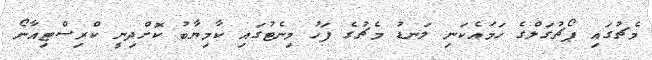
މެޗުގައި ޕޯޗުގަލްގެ ހަމައެކަނި ލަނޑު މެޗުގެ ފަހު މިނެޓުގައި ކާމިޔާބު ކޮށްދިނީ ކްރިސްޓިއާނޯ